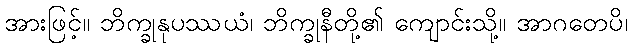
အားဖြင့်။ ဘိက္ခုနုပဿယံ၊ ဘိက္ခုနီတို့၏ ကျောင်းသို့။ အာဂတေပိ၊